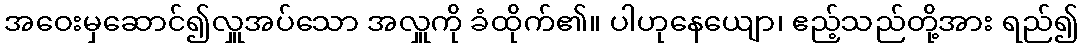
အဝေးမှဆောင်၍လှူအပ်သော အလှူကို ခံထိုက်၏။ ပါဟုနေယျော၊ ဧည့်သည်တို့အား ရည်၍